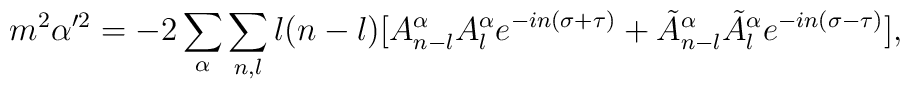
m^2\alpha'^2=-2\sum_\alpha\sum_{n,l}l(n-l)[A^\alpha_{n-l}A^\alpha_l e^{-in(\sigma+\tau)}+\tilde{A}^\alpha_{n-l}\tilde{A}^\alpha_l e^{-in(\sigma-\tau)}],